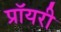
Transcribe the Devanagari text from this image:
प्रॉयरी